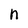
Character: n